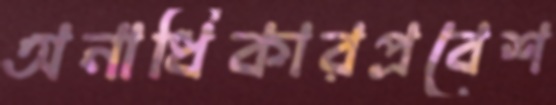
অনাধিকারপ্রবেশ